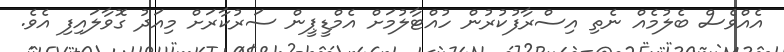
އެއްވެސް ބެލުމެއް ނެތި އިސްރާފުކުރުން ހުއްޓާލުމަށް އެމްޑީޕީން ސަރުކާރަށް މިއަދު ގޮވާލައިފި އެވެ.